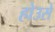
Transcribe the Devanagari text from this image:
होउसे